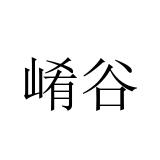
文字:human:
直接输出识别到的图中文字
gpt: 崤谷